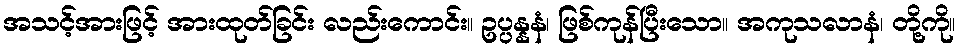
အသင့်အားဖြင့် အားထုတ်ခြင်း လည်းကောင်း။ ဥပ္ပန္နနံ၊ ဖြစ်ကုန်ပြီးသော။ အကုသလာနံ၊ တို့ကို။